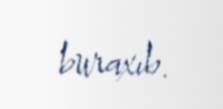
buraxıb.